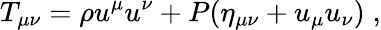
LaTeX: T_{\mu\nu}=\rho u^{\mu}u^{\nu}+P(\eta_{\mu\nu}+u_{\mu}u_{\nu})\; ,